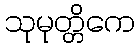
သုမုတ္တိကေ